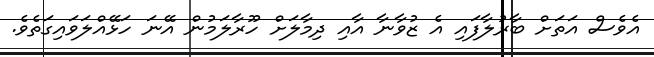
އެވެސް އަތަށް ބާރުލާފައި އެ ޒުވާނާ އާއި ދިމާލަށް ހޫރާލަމުން އޭނަ ހަޅޭއްލަވައިގަތެވެ.